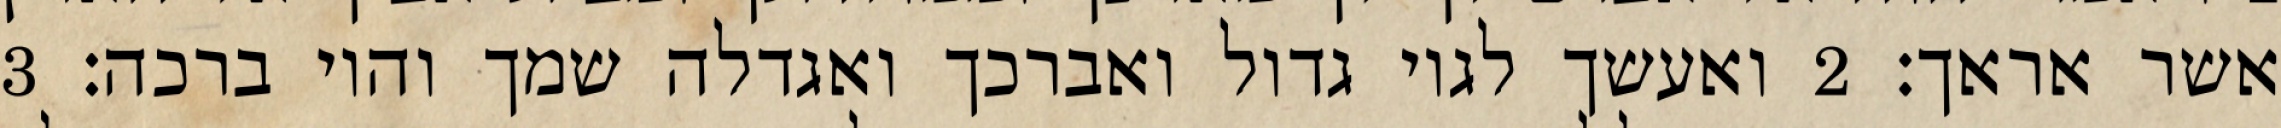
אשר אראך׃ ‎2‏ ואעשך לגוי גדול ואברכך ואגדלה שמך והוי ברכה׃ ‎3‏